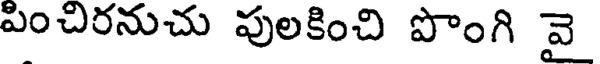
పించిరనుచు పులకించి పొంగి వై